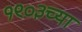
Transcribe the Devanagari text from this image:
१९०३च्या